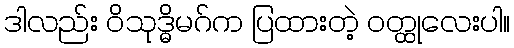
ဒါလည်း ဝိသုဒ္ဓိမဂ်က ပြထားတဲ့ ဝတ္ထုလေးပါ။